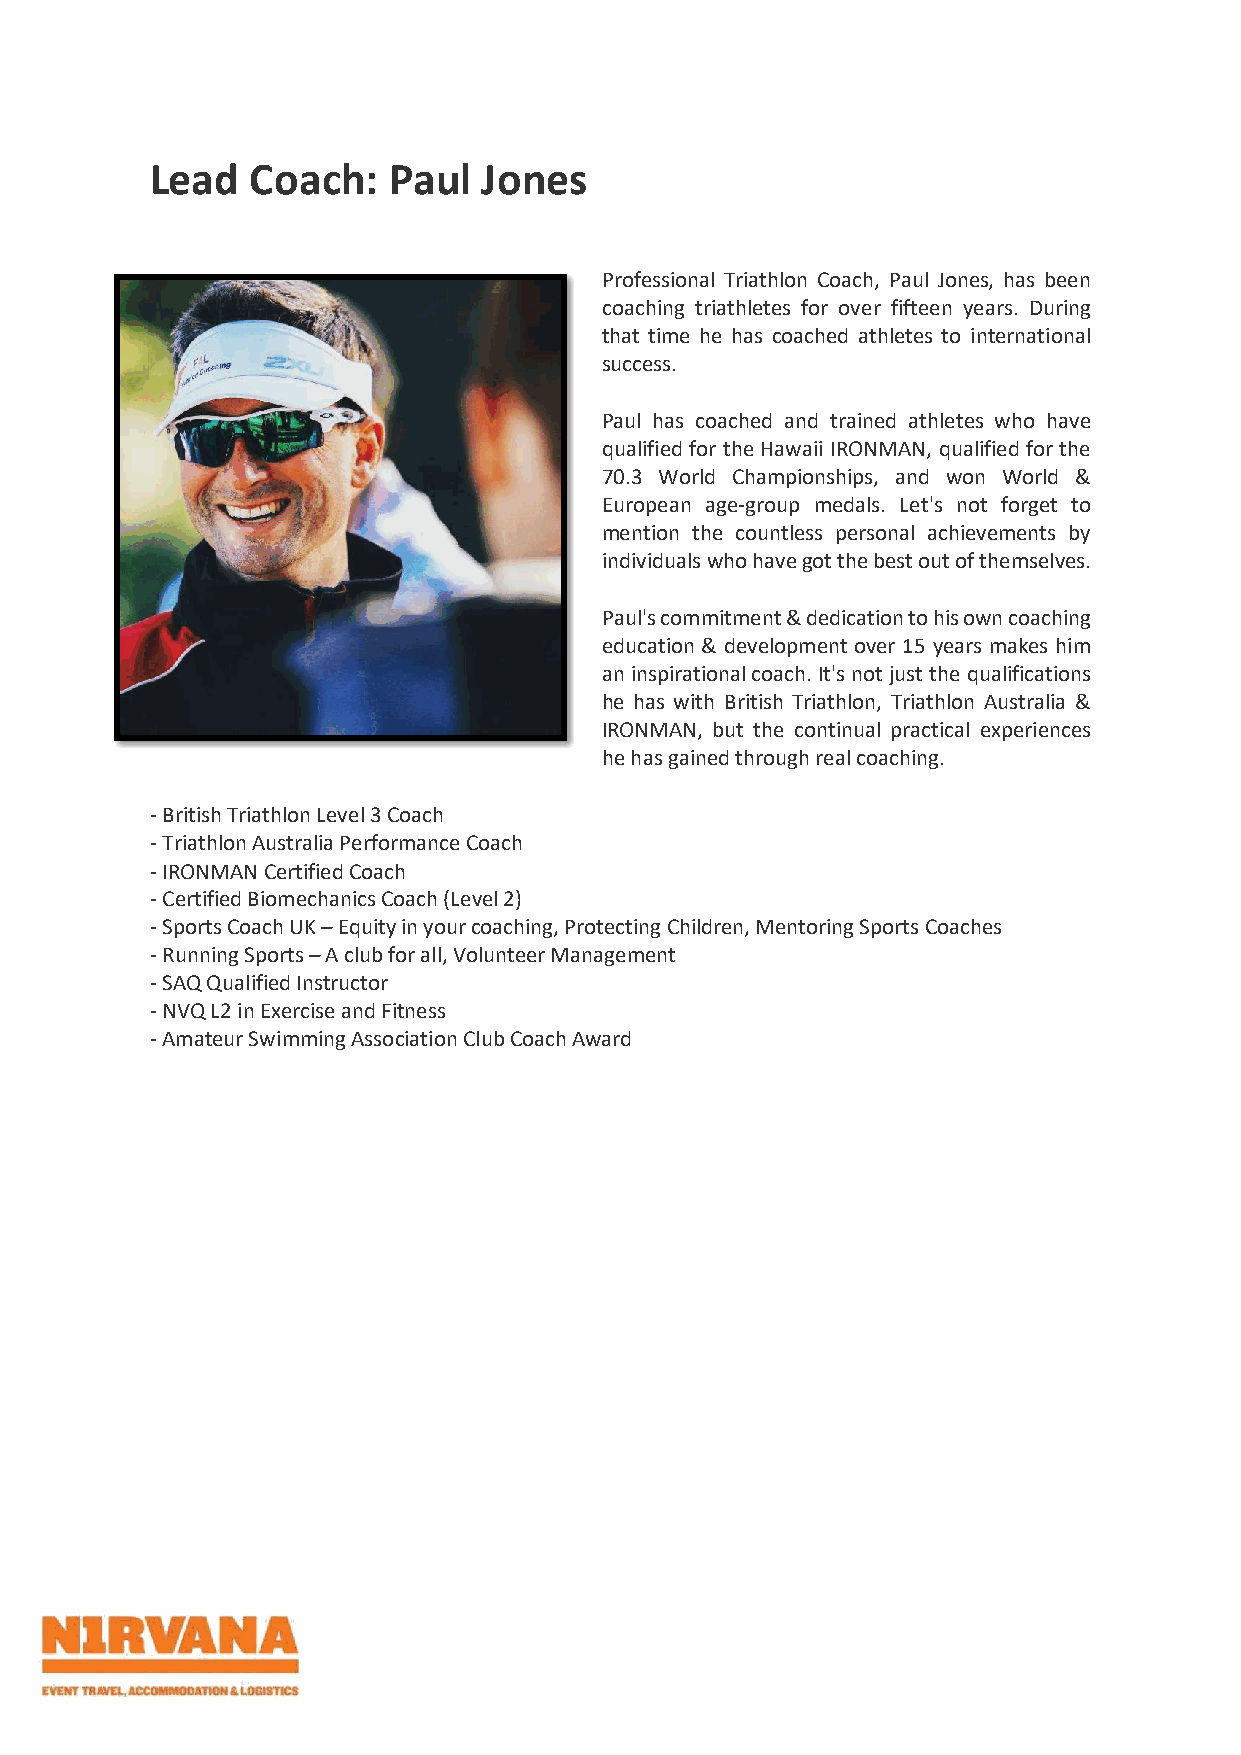
Lead   Coach:   Paul  Jones
 Professional Triathlon Coach, Paul Jones, has been
 coaching triathletes for over fifteen years. During
 that time he has coached athletes to international
 success.
 Paul has coached and trained athletes who have
 qualified for the Hawaii IRONMAN, qualified for the
 70.3 World Championships, and won World &
 European age-group medals. Let's not forget to
 mention the countless personal achievements by
 individuals who have got the best out of themselves.
 Paul's commitment & dedication to his own coaching
 education & development over 15 years makes him
 an inspirational coach. It's not just the qualifications
 he has with British Triathlon, Triathlon Australia &
 IRONMAN, but the continual practical experiences
 he has gained through real coaching.
 - British Triathlon Level 3 Coach
 - Triathlon Australia Performance Coach
 - IRONMAN Certified Coach
 - Certified Biomechanics Coach (Level 2)
 - Sports Coach UK – Equity in your coaching, Protecting Children, Mentoring Sports Coaches
 - Running Sports – A club for all, Volunteer Management
 - SAQ Qualified Instructor
 - NVQ L2 in Exercise and Fitness
 - Amateur Swimming Association Club Coach Award